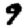
Digit: 9